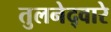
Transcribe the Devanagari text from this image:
तुलनेद्वारे